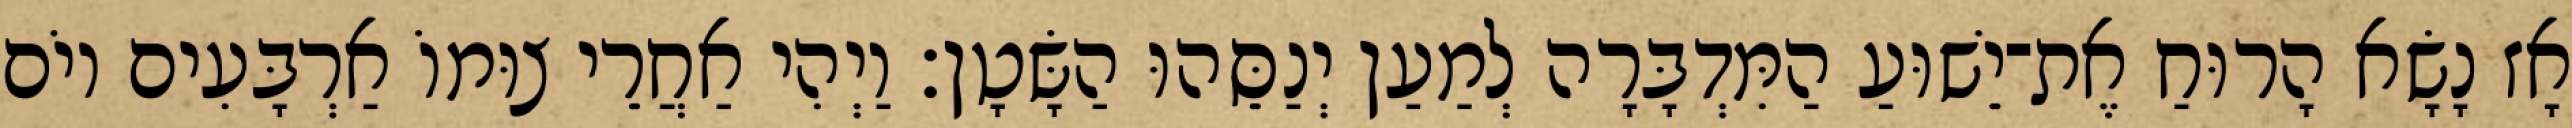
אָז נָשָׂא הָרוּחַ אֶת־יֵשׁוּעַ הַמִּדְבָּרָה לְמַעַן יְנַסֵּהוּ הַשָּׂטָן׃ וַיְהִי אַחֲרֵי צוּמוֹ אַרְבָּעִים יוֹם